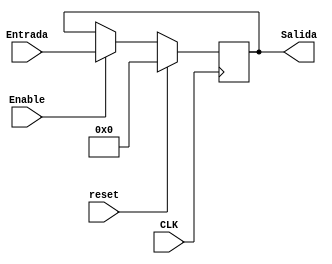
`timescale 1ns / 1ps
//////////////////////////////////////////////////////////////////////////////////
// Company: 
// Engineer: 
// 
// Design Name: 
// Module Name:    Registro 
// Project Name: 
// Target Devices: 
// Tool versions: 
// Description: 
//
// Dependencies: 
//
// Revision: 
// Revision 0.01 - File Created
// Additional Comments: 
//
//////////////////////////////////////////////////////////////////////////////////
module Registro #(parameter Width = 24)
(CLK,reset,Enable,Entrada,Salida);

	input CLK,reset, Enable;
	input signed [Width-1:0] Entrada;
	output reg signed [Width-1:0] Salida;
	
   always @(posedge CLK)
	  if (reset) begin
		  Salida <= 0;
	  end else if (Enable) begin
		  Salida <= Entrada;
	  end


endmodule